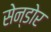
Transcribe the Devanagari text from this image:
सेन्डोर